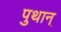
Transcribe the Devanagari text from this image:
पुथान्